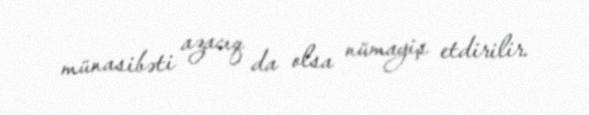
münasibəti azacıq da olsa nümayiş etdirilir.